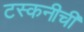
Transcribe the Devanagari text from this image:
टस्कनीची